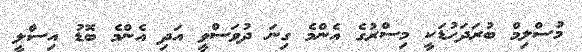
މުސްލިމް ބުރަދަހުޑަކީ މިސްރުގެ އެންމެ ގިނަ ދުވަސްވީ އަދި އެންމެ ބޮޑު އިސްލީ